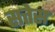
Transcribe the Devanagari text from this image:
सत्तेस